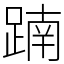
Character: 𨂾